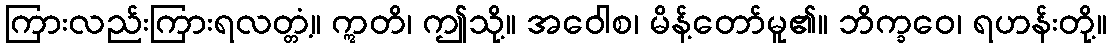
ကြားလည်းကြားရလတ္တံ့။ ဣတိ၊ ဤသို့။ အဝေါစ၊ မိန့်တော်မူ၏။ ဘိက္ခဝေ၊ ရဟန်းတို့။